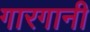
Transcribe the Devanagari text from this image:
गारगानी